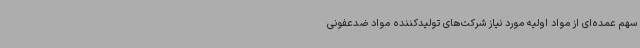
سهم عمده‌ای از مواد اولیه مورد نیاز شرکت‌های تولیدکننده مواد ضدعفونی